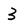
Character: 3